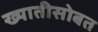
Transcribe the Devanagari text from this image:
ख्यातीसोबत